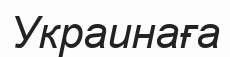
Украинаға